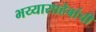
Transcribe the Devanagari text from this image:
भय्यासाहेबांची